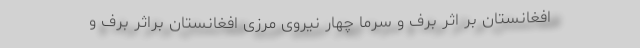
افغانستان بر اثر برف و سرما چهار نیروی مرزی افغانستان براثر برف و